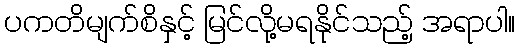
ပကတိမျက်စိနှင့် မြင်လို့မရနိုင်သည့် အရာပါ။